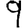
Digit: 9